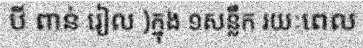
បី ពាន់ រៀល )ក្នុង ១សន្លឹក រយៈពេល